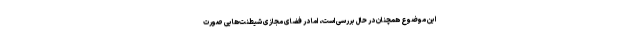
این موضوع همچنان در حال بررسی است، اما در فضای مجازی شیطنت‌هایی صورت